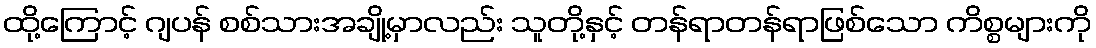
ထို့ကြောင့် ဂျပန် စစ်သားအချို့မှာလည်း သူတို့နှင့် တန်ရာတန်ရာဖြစ်သော ကိစ္စများကို